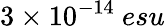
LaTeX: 3\times 10^{-14}~esu